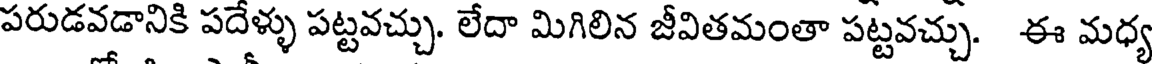
పరుడవడానికి పదేళ్ళు పట్టవచ్చు. లేదా మిగిలిన జీవితమంతా పట్టవచ్చు. ఈ మధ్య